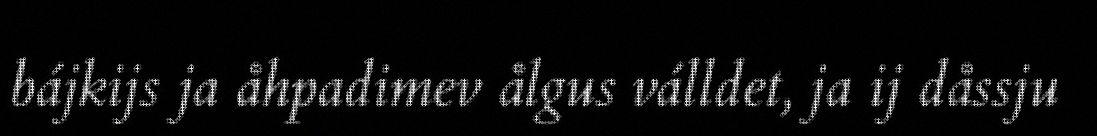
bájkijs ja åhpadimev ålgus válldet, ja ij dåssju